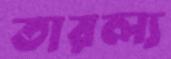
তারল্য